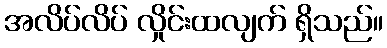
အလိပ်လိပ် လှိုင်းထလျက် ရှိသည်။